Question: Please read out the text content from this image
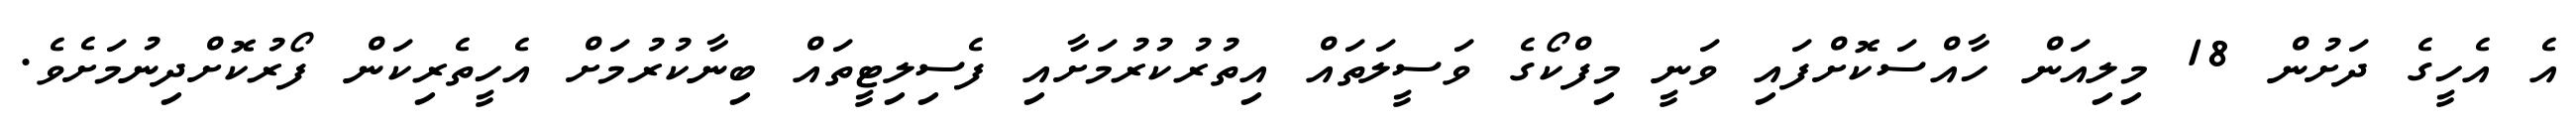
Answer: އެ އެހީގެ ދަށުން 18 މިލިއަން ހާއްސަކޮށްފައި ވަނީ މިފްކޯގެ ވަސީލަތައް އިތުރުކުރުމަށާއި ފެސިލިޓީތައް ބިނާކުރުމަށް އެހީތެރިކަން ފޯރުކޮށްދިނުމަށެވެ.